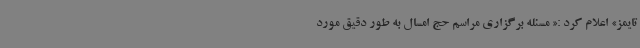
تایمز» اعلام کرد :« مسئله برگزاری مراسم حج امسال به طور دقیق مورد